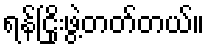
ရန်ငြိုးဖွဲ့တတ်တယ်။